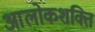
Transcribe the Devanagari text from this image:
आलोकशक्ति